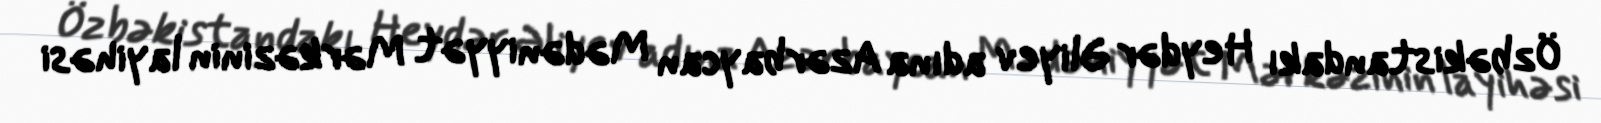
Özbəkistandakı Heydər Əliyev adına Azərbaycan Mədəniyyət Mərkəzinin layihəsi